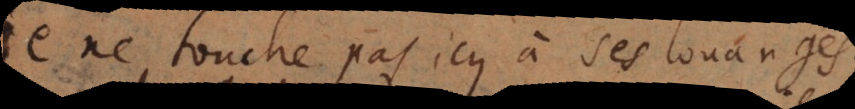
Je ne touche pas icy à ses louanges